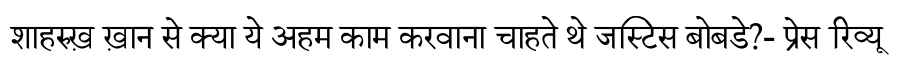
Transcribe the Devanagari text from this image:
शाहरुख़ ख़ान से क्या ये अहम काम करवाना चाहते थे जस्टिस बोबडे?- प्रेस रिव्यू